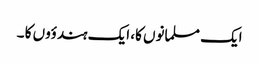
ایک مسلمانوں کا، ایک ہندؤوں کا ۔